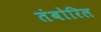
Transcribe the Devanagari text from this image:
तंबोरिल